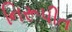
નિરૂપીત